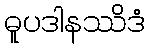
ဓူပဒါနဿိဒံ